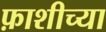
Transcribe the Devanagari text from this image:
फ़ाशीच्या